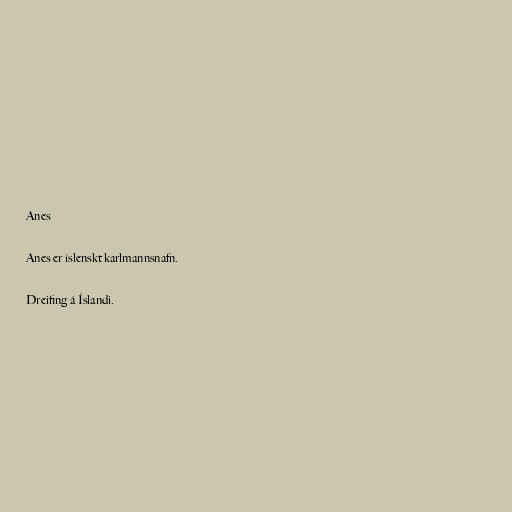
Anes

Anes er íslenskt karlmannsnafn.

Dreifing á Íslandi.